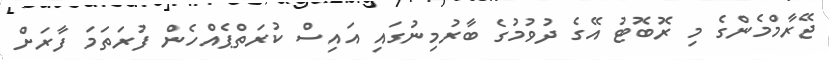
ޖޭރާމްމެންގެ މި ރޮބޮޓު އޭގެ ދުވުމުގެ ބާރުމިނުގައި އައިސް ކުރަތްޕެއްހެން ފުރަތަމަ ފާރަށް